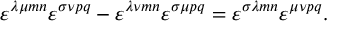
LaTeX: \varepsilon ^ { \lambda \mu m n } \varepsilon ^ { \sigma \nu p q } - \varepsilon ^ { \lambda \nu m n } \varepsilon ^ { \sigma \mu p q } = \varepsilon ^ { \sigma \lambda m n } \varepsilon ^ { \mu \nu p q } .